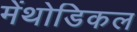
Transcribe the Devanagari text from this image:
मेंथोडिकल